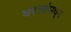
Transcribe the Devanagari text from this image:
बदलांमधून